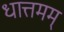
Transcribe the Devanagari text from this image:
धात्तमम्‌